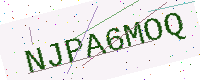
Text: NJPA6MOQ